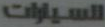
للسيارات